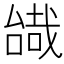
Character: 𠼷